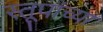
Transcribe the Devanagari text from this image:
स्तूपांच्या